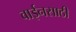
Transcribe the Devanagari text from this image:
वाईनसाठी